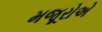
મજૂરોએ